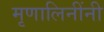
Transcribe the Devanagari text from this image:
मृणालिनींनी